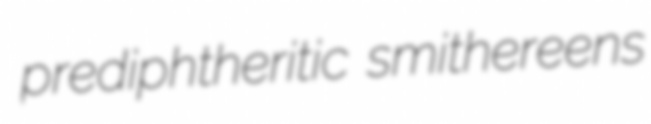
prediphtheritic smithereens